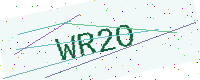
Text: WR2O